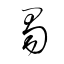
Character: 蜀